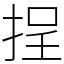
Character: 挰